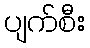
ပျက်စီး